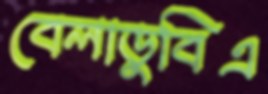
বেলাডুবিএ